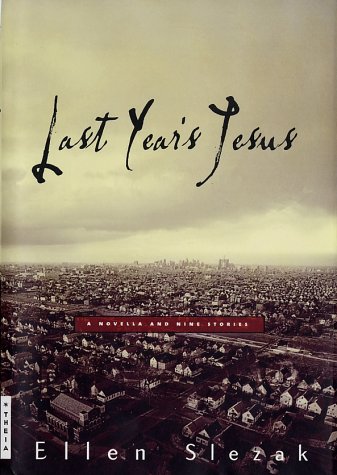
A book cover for Last Year's Jesus: A Novella and Nine Stories; Ellen Slezak; Religion & Spirituality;